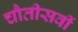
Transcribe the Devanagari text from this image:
चौतीसवीं